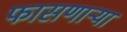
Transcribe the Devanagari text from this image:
फासणाऱ्या